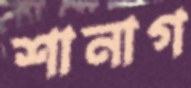
শানাগ